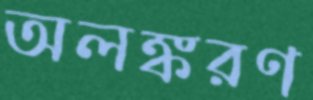
অলঙ্করণ